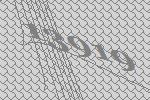
13919